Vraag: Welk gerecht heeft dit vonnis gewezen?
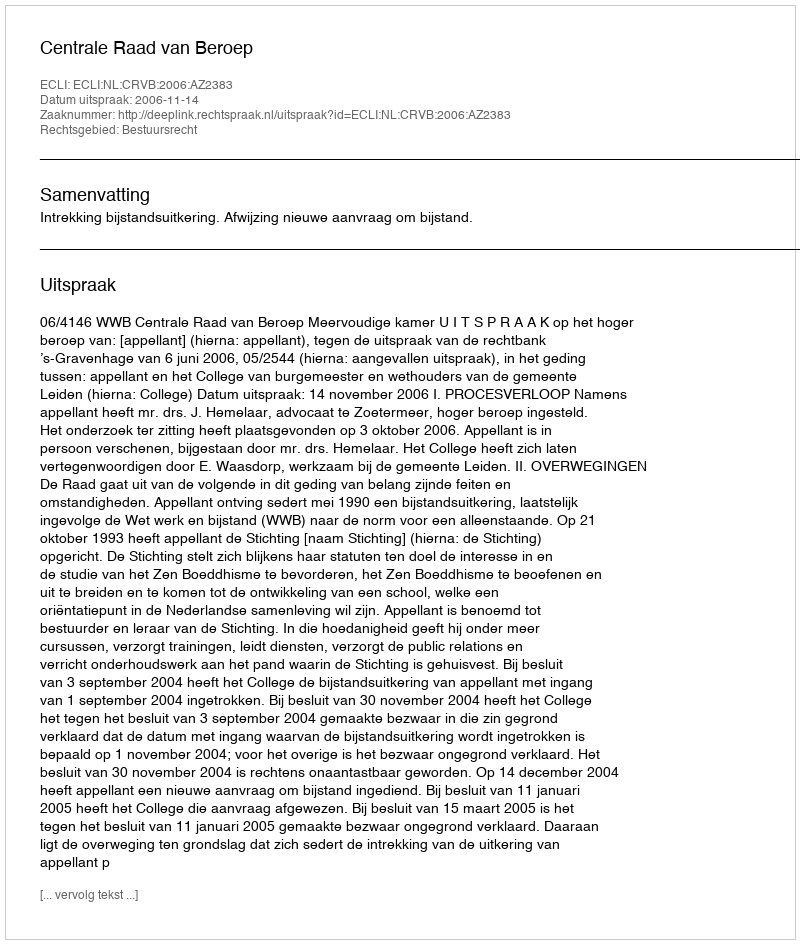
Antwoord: Centrale Raad van Beroep